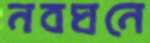
নবঘনে